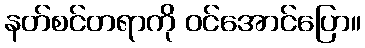
နတ်စင်တရာကို ဝင်အောင်ပြော။